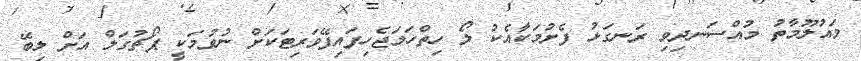
މައުލޫމާތު މުއްސަނދިވި ރަނގަޅު ފެށުމަކާއެކު ލޯ ހިތްހަމަޖެހިފައިފޭވަރިޓަކަށް ނުވުމަކީ ޕޯޗުގަލް އަށް ލިބޭ